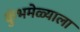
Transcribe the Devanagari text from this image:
कुंभमेळ्याला